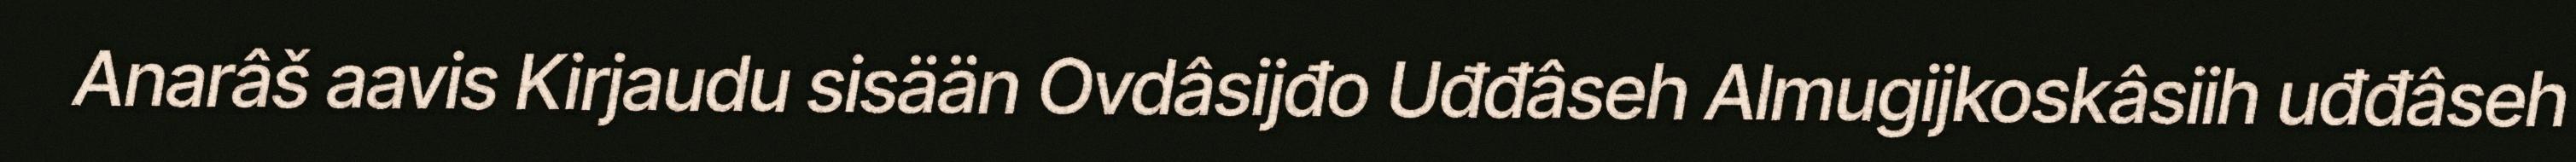
Anarâš aavis Kirjaudu sisään Ovdâsijđo Uđđâseh Almugijkoskâsiih uđđâseh